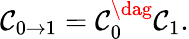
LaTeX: \mathcal{C}_{0\to1}=\mathcal{C}_{0}^{\dag}\mathcal{C}_{1}.